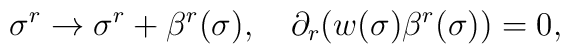
\sigma^r \rightarrow \sigma^r +\beta^r (\sigma),~~~\partial_r (w(\sigma)\beta^r (\sigma))=0,